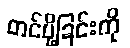
တင်ပို့ခြင်းကို